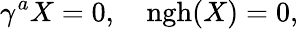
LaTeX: \gamma^{a}X=0,\quad\mathrm{ngh}(X)=0,